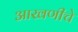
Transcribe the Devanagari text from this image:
आखणीचे